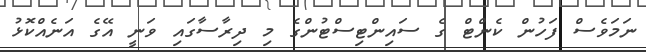
ނަމަވެސް ފަހުން ކެންޓް ގެ ސައިންޓިސްޓުންގެ މި ދިރާސާގައި ވަނީ އޭގެ އަނެއްކޮޅު